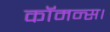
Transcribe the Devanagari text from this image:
कॉमन्स।